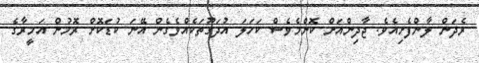
ރެދަން ލާންފެށިއެވެ. ޖާދިންއަށް ކޮންމެވެސް ކަހަލަ އުދަގޫތަކެއްވެގެން އޭނަ ކުޑަކޮށް ރޮމުން އަމީރާގެ